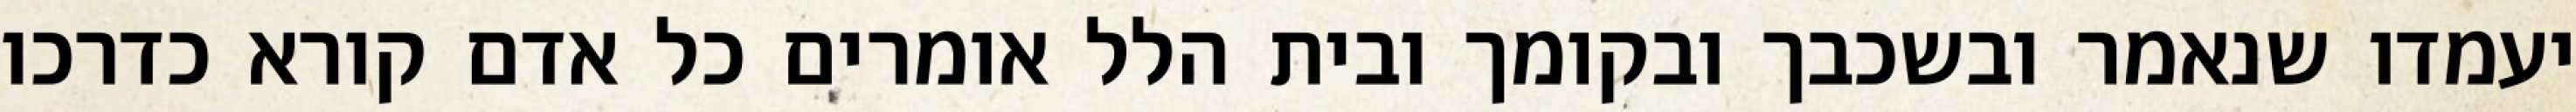
יעמדו שנאמר ובשכבך ובקומך ובית הלל אומרים כל אדם קורא כדרכו